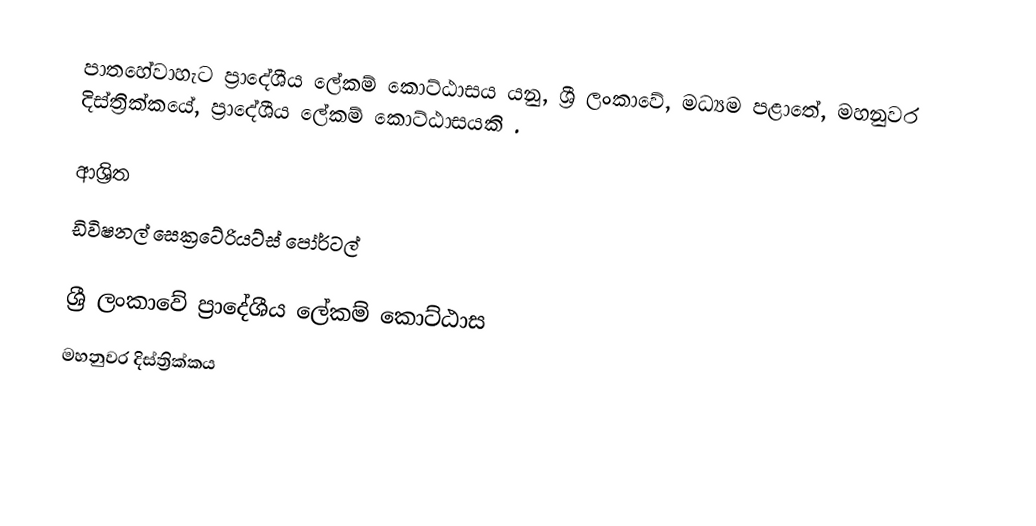
පාතහේවාහැට ප්‍රාදේශීය ලේකම් කොට්ඨාසය යනු,  ශ්‍රී ලංකාවේ, මධ්‍යම පළාතේ,   මහනුවර දිස්ත්‍රික්කයේ, ප්‍රාදේශීය ලේකම් කොට්ඨාසයකි .

ආශ්‍රිත
 ඩිවිෂනල් සෙක්‍රටේරියට්ස් පෝර්ටල්

ශ්‍රී ලංකාවේ ප්‍රාදේශීය ලේකම් කොට්ඨාස
මහනුවර දිස්ත්‍රික්කය